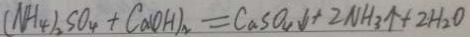
( N H _ { 4 } ) _ { 2 } S O _ { 4 } + C a O H _ { 2 } = C a S O _ { 4 } \downarrow + 2 N H _ { 3 } \uparrow + 2 H _ { 2 } O